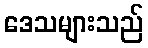
ဒေသများသည်